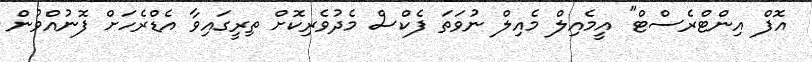
އޮފް އިންޓްރެސްޓް" އީމެއިލް މެއިލް ނުވަތަ ފެކްސް މެދުވެރިކޮށް ތިރީގައިވާ އެޑްރެހަށް ފޮނުއްވުން